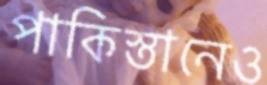
পাকিস্তানেও